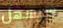
سيسهل